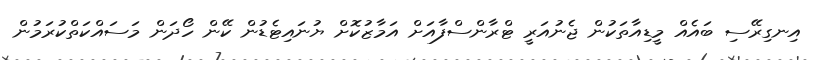
އިނގިރޭސި ބައެއް މީޑިއާތަކުން ޖެނުއަރީ ޓްރާންސްފާއަށް އަމާޒުކޮށް ޔުނައިޓެޑުން ކޭން ހޯދަން މަސައްކަތްކުރަމުން